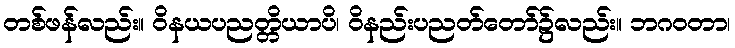
တစ်ဖန်လည်း။ ဝိနယပညတ္တိယာပိ၊ ဝိနည်းပညတ်တော်၌လည်း။ ဘဂဝတာ၊